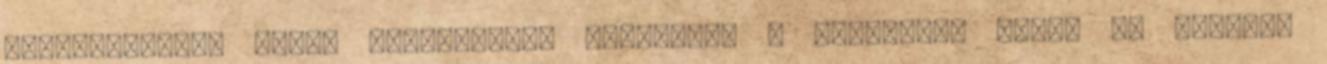
dokumentumot, amely részletesen ismerteti a következő hetek és hónapok